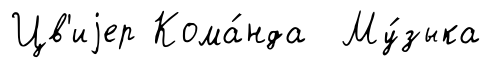
Цв'иjер Кома́нда Му́зыка